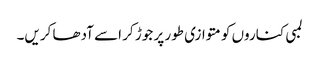
لمبی کناروں کو متوازی طور پر جوڑ کر اسے آدھا کریں۔